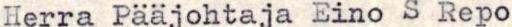
Herra Pääjohtaja Eino S Repo